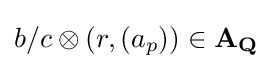
b/c\otimes (r,(a_{p}))\in \mathbf {A} _{\mathbf {Q} }